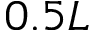
0 . 5 L